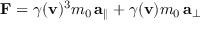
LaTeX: \mathbf { F } = \gamma ( \mathbf { v } ) ^ { 3 } m _ { 0 } \, \mathbf { a } _ { \parallel } + \gamma ( \mathbf { v } ) m _ { 0 } \, \mathbf { a } _ { \perp }